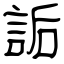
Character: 詬